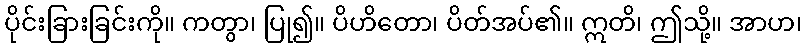
ပိုင်းခြားခြင်းကို။ ကတွာ၊ ပြု၍။ ပိဟိတော၊ ပိတ်အပ်၏။ ဣတိ၊ ဤသို့။ အာဟ၊